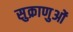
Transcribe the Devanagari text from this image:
सुक्राणुओं